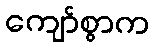
ကျော်စွာက